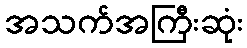
အသက်အကြီးဆုံး